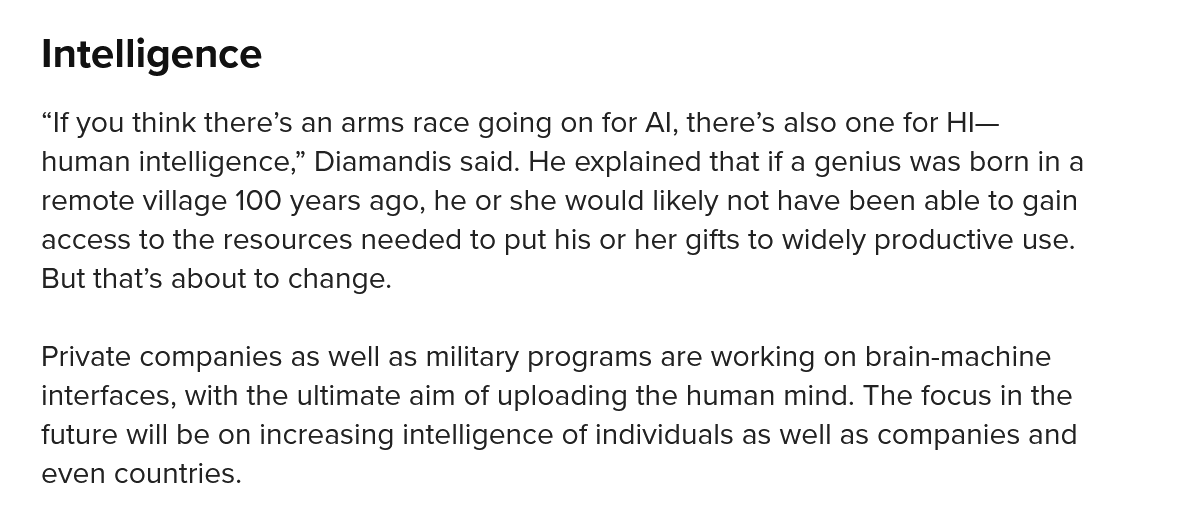
Intelligence
   Private companies as well as military programs are working on brain-machine
   interfaces, with the ultimate aim of uploading the human mind. The focus in the
   future will be on increasing intelligence of individuals as well as companies and
   even countries.
   “If you think there’s an arms race going on for Al, there’s also one for HI—
   human intelligence,” Diamandis said. He explained that if a genius was born in a
   remote village 100 years ago, he or she would likely not have been able to gain
   access to the resources needed to put his or her gifts to widely productive use.
   But that’s about to change.